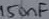
Text: 150nF